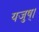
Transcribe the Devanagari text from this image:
यजुष्।